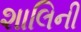
શાલિની